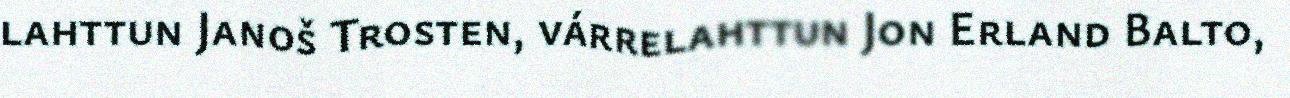
lahttun Janoš Trosten, várrelahttun Jon Erland Balto,